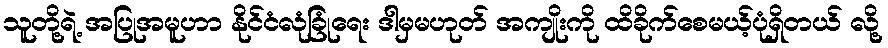
သူတို့ရဲ့ အပြုအမူဟာ နိုင်ငံလုံခြုံရေး ဒါမှမဟုတ် အကျိုးကို ထိခိုက်စေမယ့်ပုံရှိတယ် လို့